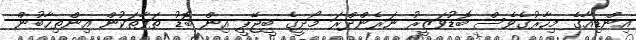
އިންޑިއާގެ މިހާރުގެވެސް ބޮޑުވަޒީރު ނަރެންދްރަ މޯދީގެ ބީޖޭޕީ އިން ބޮޑު ތަފާތަކުން އިންތިޚާބުން